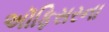
અૉફિસરના